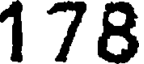
178